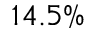
1 4 . 5 \%